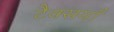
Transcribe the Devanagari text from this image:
टैक्सयाँ